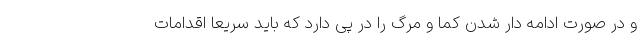
و در صورت ادامه دار شدن کما و مرگ را در پی دارد که باید سریعا اقدامات